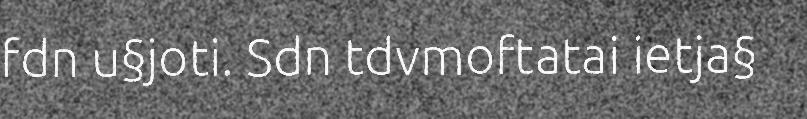
fdn u§joti. Sdn tdvmoftatai ietja§